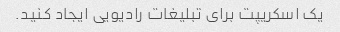
یک اسکریپت برای تبلیغات رادیویی ایجاد کنید.